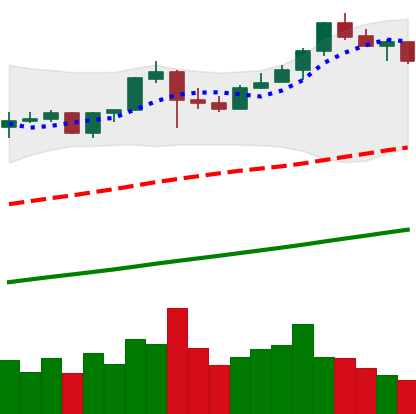
Ticker: BNB-USD
Chart end date: 2019-06-25
Forward return: -9.903%
Label: down_7plus